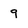
Character: 9